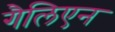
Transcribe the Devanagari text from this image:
गैलिएन